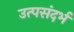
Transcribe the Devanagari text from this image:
उत्पसंदर्भ